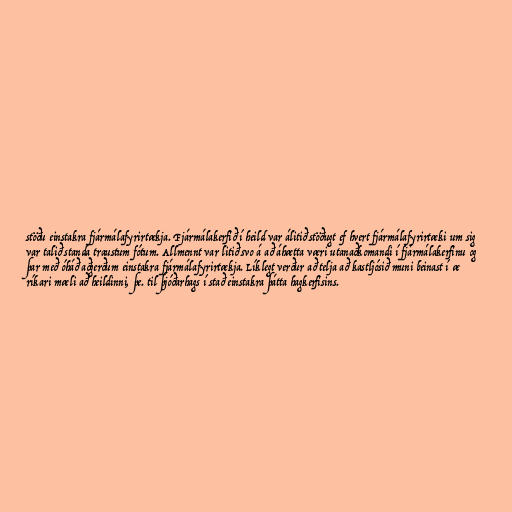
stöðu einstakra fjármálafyrirtækja. Fjármálakerfið í heild var álitið stöðugt ef hvert fjármálafyrirtæki um sig
var talið standa traustum fótum. Allmennt var litið svo á að áhætta væri utanaðkomandi í fjármálakerfinu og
þar með óháð aðgerðum einstakra fjármálafyrirtækja. Líklegt verður að telja að kastljósið muni beinast í æ
ríkari mæli að heildinni, þe. til þjóðarhags í stað einstakra þátta hagkerfisins.